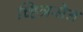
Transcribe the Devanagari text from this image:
च्हित्रसेन